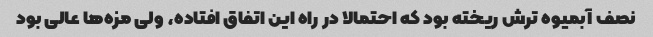
نصف آبمیوه ترش ریخته بود که احتمالا در راه این اتفاق افتاده، ولی مزه‌ها عالی بود